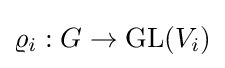
\varrho _{i}:G\to \mathrm {GL} (V_{i})